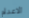
الاعدام